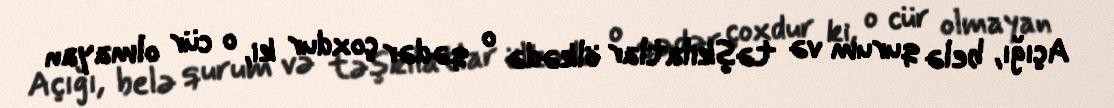
Açığı, belə qurum və təşkilatlar ölkədə o qədər çoxdur ki, o cür olmayan